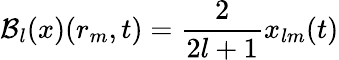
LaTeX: \mathcal{B}_{l}(x)(r_{m},t)=\frac{2}{2l+1}x_{lm}(t)